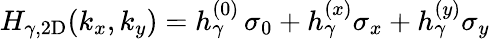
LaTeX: \begin{array}{r}{H_{\gamma,\mathrm{2D}}(k_{x},k_{y})=h_{\gamma}^{(0)}\, \sigma_{0}+h_{\gamma}^{(x)}\sigma_{x}+h_{\gamma}^{(y)}\sigma_{y}}\end{array}